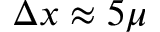
\Delta x \approx 5 \mu